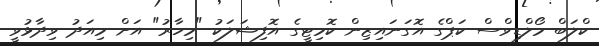
ކްލަބް މޯލްޑިވްސް ކަޕްގެ އޮގަނައިޒިން ކޮމިޓީގެ އޮފިޝަލަކު "މިހާރު" އަށް މިއަދު ވިދާޅުވީ